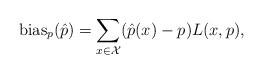
LaTeX: \begin{align*}\mathrm{bias}_{p}(\hat{p}) = \sum_{x \in \mathcal{X}} (\hat{p}(x) - p)L(x, p),\end{align*}